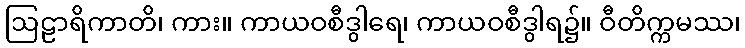
ဩဠာရိကာတိ၊ ကား။ ကာယဝစီဒွါရေ၊ ကာယဝစီဒွါရ၌။ ဝီတိက္ကမဿ၊